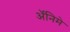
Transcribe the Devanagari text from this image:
अॅनिमे